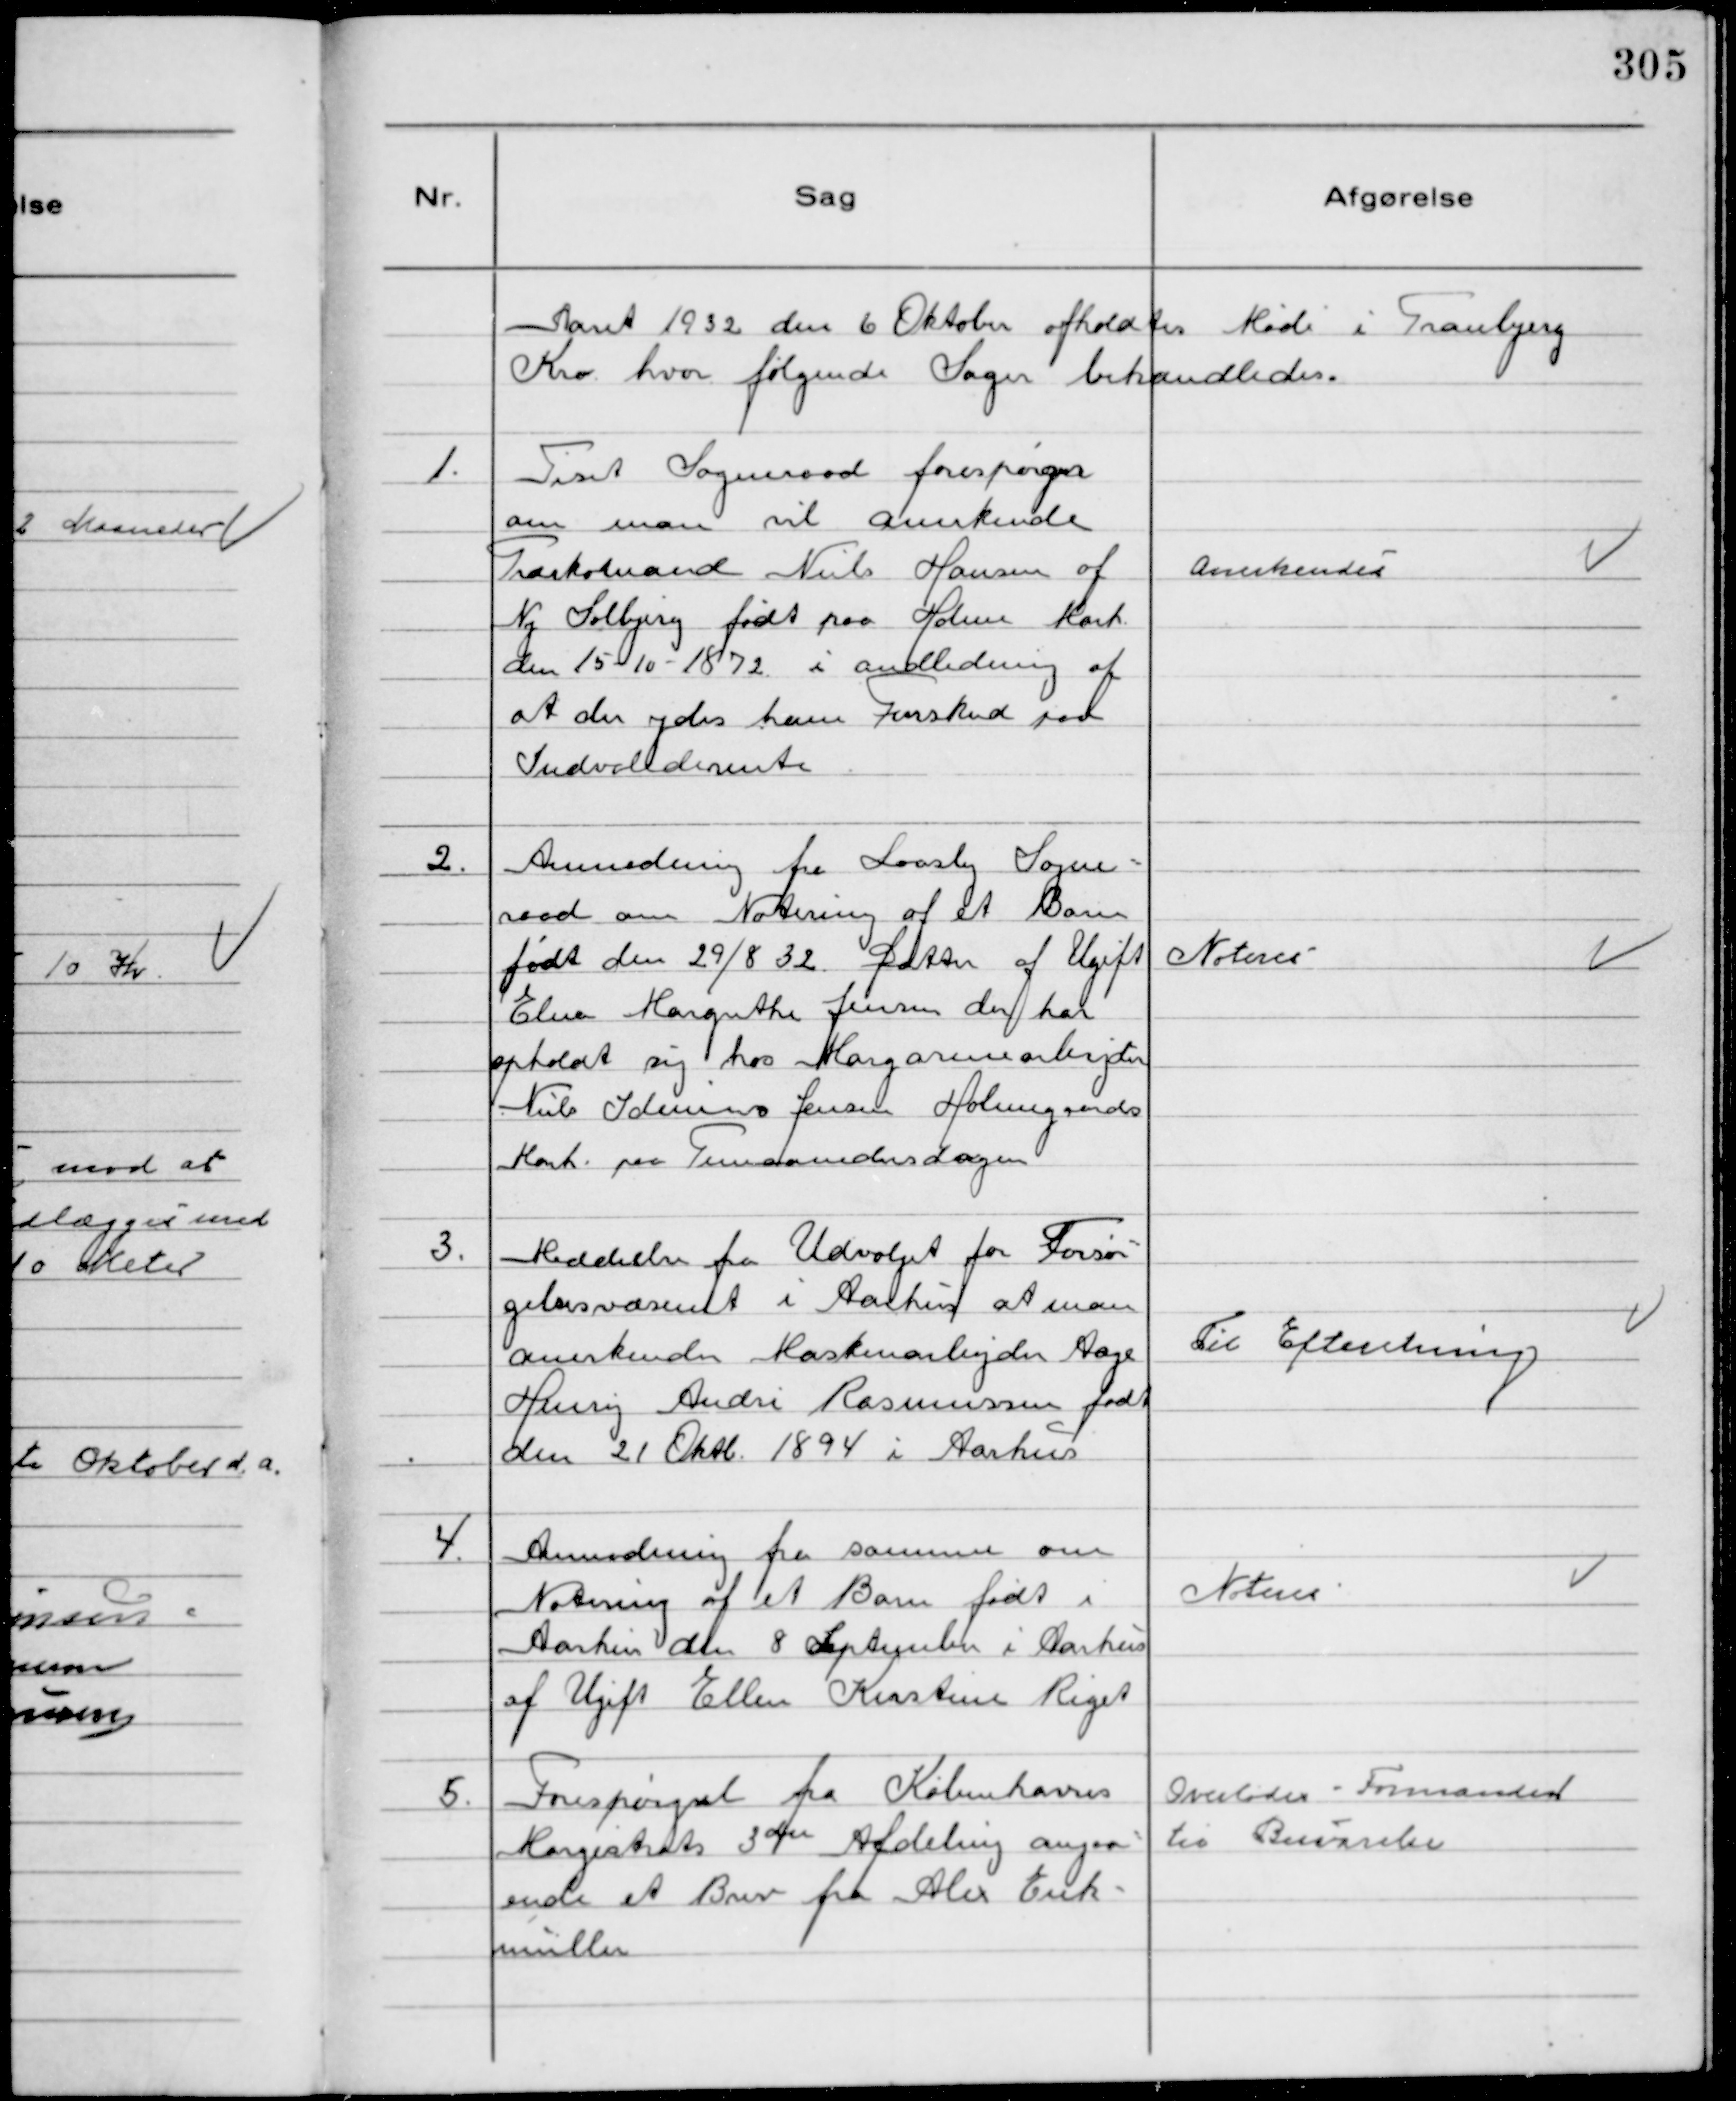
Transskription:
Aaret 1932 den 6 Oktober afholdtes Møde i Tranbjerg
Kro hvor følgende Sager behandledes.

1.
Tiset Sogneraad forespørger
om man vil anerkende
Træskomand Niels Hansen af
Ny Solbjerg født paa Holme Mark
den 15-10-1872 i andledning af
at der ydes ham Forskud paa
Indvaliderente

Anerkendes

2.
Anmodning fra Laasby Sogne-
raad om Notering af et Barn
født den 29/8 32. Datter af Ugift
Elna Margrethe Jensen der har
opholdt sig hos Margarinearbejder
Niels Idemius Jensen Holmegaards 
Mark paa Timaanedersdagen

Noteres

3.
Meddeelse fra Udvalget for Forsør-
gelsesvæsenet i Aarhus at man
anerkender Maskinarbejder Aage
Henry Andre Rasmussen født
den 21 Oktb. 1894 i Aarhus

Til Efteretning

4.
Anmodning fra samme om
Notering af et Barn født i
Aarhus den 8 September i Aarhus
af Ugift Ellen Kirstine Riget

Noteres

5.
Forespørgsel fra Københavns
Magistrats 3die Afdeling angaa-
ende et Brev fra Alex Eick-
müller

Overlodes Formanden
til Besvarelse